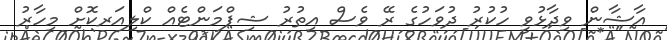
އާޝާން ވިދާޅުވީ ހުކުރު ދުވަހުގެ ރޭ ވެސް އިތުރު ޝިޕްމަންޓެއް ކްލިއަރކޮށް މިހާރު